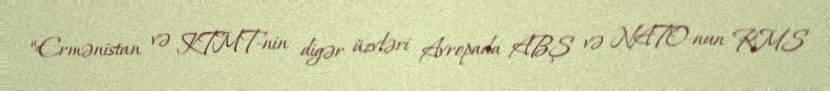
“Ermənistan və KTMT-nin digər üzvləri Avropada ABŞ və NATO-nun RMS